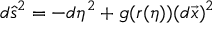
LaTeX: d \hat { s } ^ { 2 } = - d \eta ^ { 2 } + g ( r ( \eta ) ) ( d \vec { x } ) ^ { 2 }